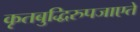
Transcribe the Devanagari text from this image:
कृतबुद्धिरुपजाएते